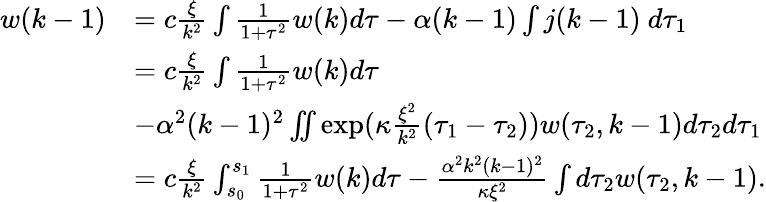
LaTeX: \begin{array}{rl}{w(k-1)}&{=c\frac\xi{k^{2}}\int\frac 1{1+\tau^{2}}w(k)d\tau-\alpha(k-1)\int j(k-1)\ d\tau_{1}}\\ &{=c\frac\xi{k^{2}}\int\frac 1{1+\tau^{2}}w(k)d\tau}\\ &{-\alpha^{2}(k-1)^{2}\iint\exp(\kappa\frac{\xi^{2}}{k^{2}}(\tau_{1}-\tau_{2}))w(\tau_{2},k-1)d\tau_{2}d\tau_{1}}\\ &{=c\frac\xi{k^{2}}\int_{s_{0}}^{s_{1}}\frac 1{1+\tau^{2}}w(k)d\tau-\frac{\alpha^{2}k^{2}(k-1)^{2}}{\kappa\xi^{2}}\int d\tau_{2}w(\tau_{2},k-1).}\end{array}